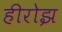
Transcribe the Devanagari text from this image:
हीरोझ